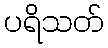
ပရိသတ်